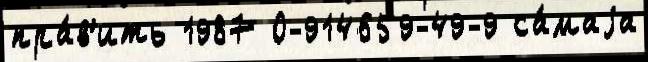
пра́в'ить 1987 0-914659-49-9 са́маjа